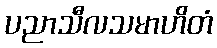
ပညာသီလသမာဟိတံ